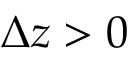
{ \mit \Delta } z > 0